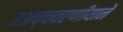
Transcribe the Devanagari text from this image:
उअच्चवएणीयाने